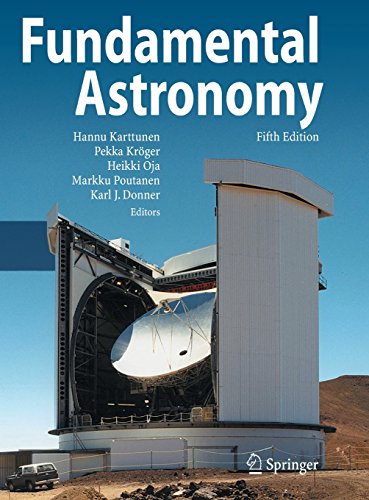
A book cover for Fundamental Astronomy; Science & Math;